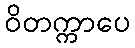
ဝိတက္ကာပေ